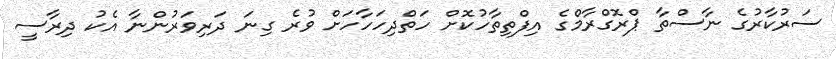
ސަރުކާރުގެ ނާސްތާ ޕްރޮގްރާމްގެ އިފްތިތާހުކޮށް ހަތްދިހަހާހަށް ވުރެ ގިނަ ދަރިވަރުންނާ އެކު ދިރާސީ